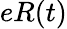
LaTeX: eR(t)